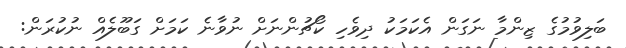
ބަލިވުމުގެ ޒިންމާ ނަގަން އެކަމަކު ދިވެހި ކޯޗުންނަށް ނުވާނެ ކަމަށް ގަބޫލެއް ނުކުރަން: